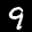
Label: 9